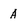
Character: A